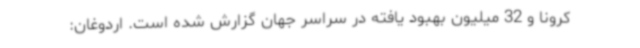
کرونا و 32 میلیون بهبود یافته در سراسر جهان گزارش شده است. اردوغان: